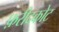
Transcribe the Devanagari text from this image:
फ़रीदकोट